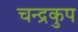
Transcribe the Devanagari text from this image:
चन्द्रकुप